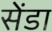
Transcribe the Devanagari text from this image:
सेंडा